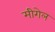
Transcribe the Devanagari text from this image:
मीगेल